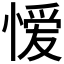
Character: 𭞄